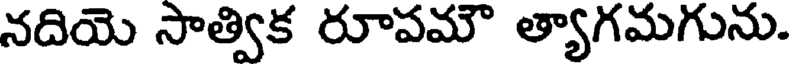
నదియె సాత్విక రూపమౌ త్యాగమగును.